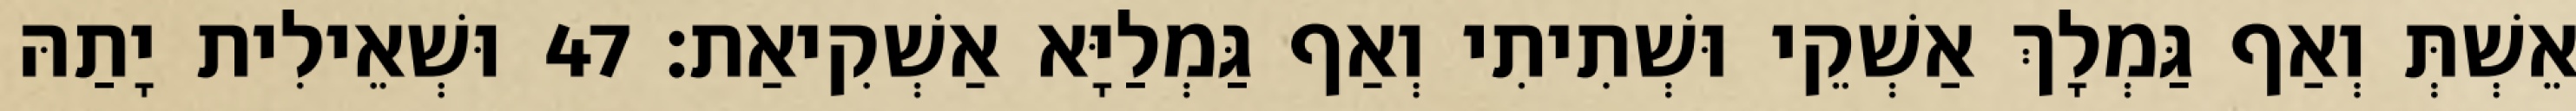
אֵשְׁתְּ וְאַף גַּמְלָךְ אַשְׁקֵי וּשְׁתִיתִי וְאַף גַּמְלַיָּא אַשְׁקִיאַת׃ 47 וּשְׁאֵילִית יָתַהּ